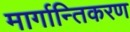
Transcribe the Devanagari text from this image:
मार्गान्तिकरण